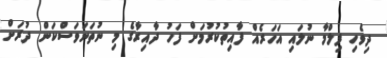
ދިވެހި ފިލްމާ ނުލައި އަހަރެއް ފާއިތުކުރުމަށް ފަހު ދާއިރާގެ މި ނުތަނަވަސްކަން ދުރަށް